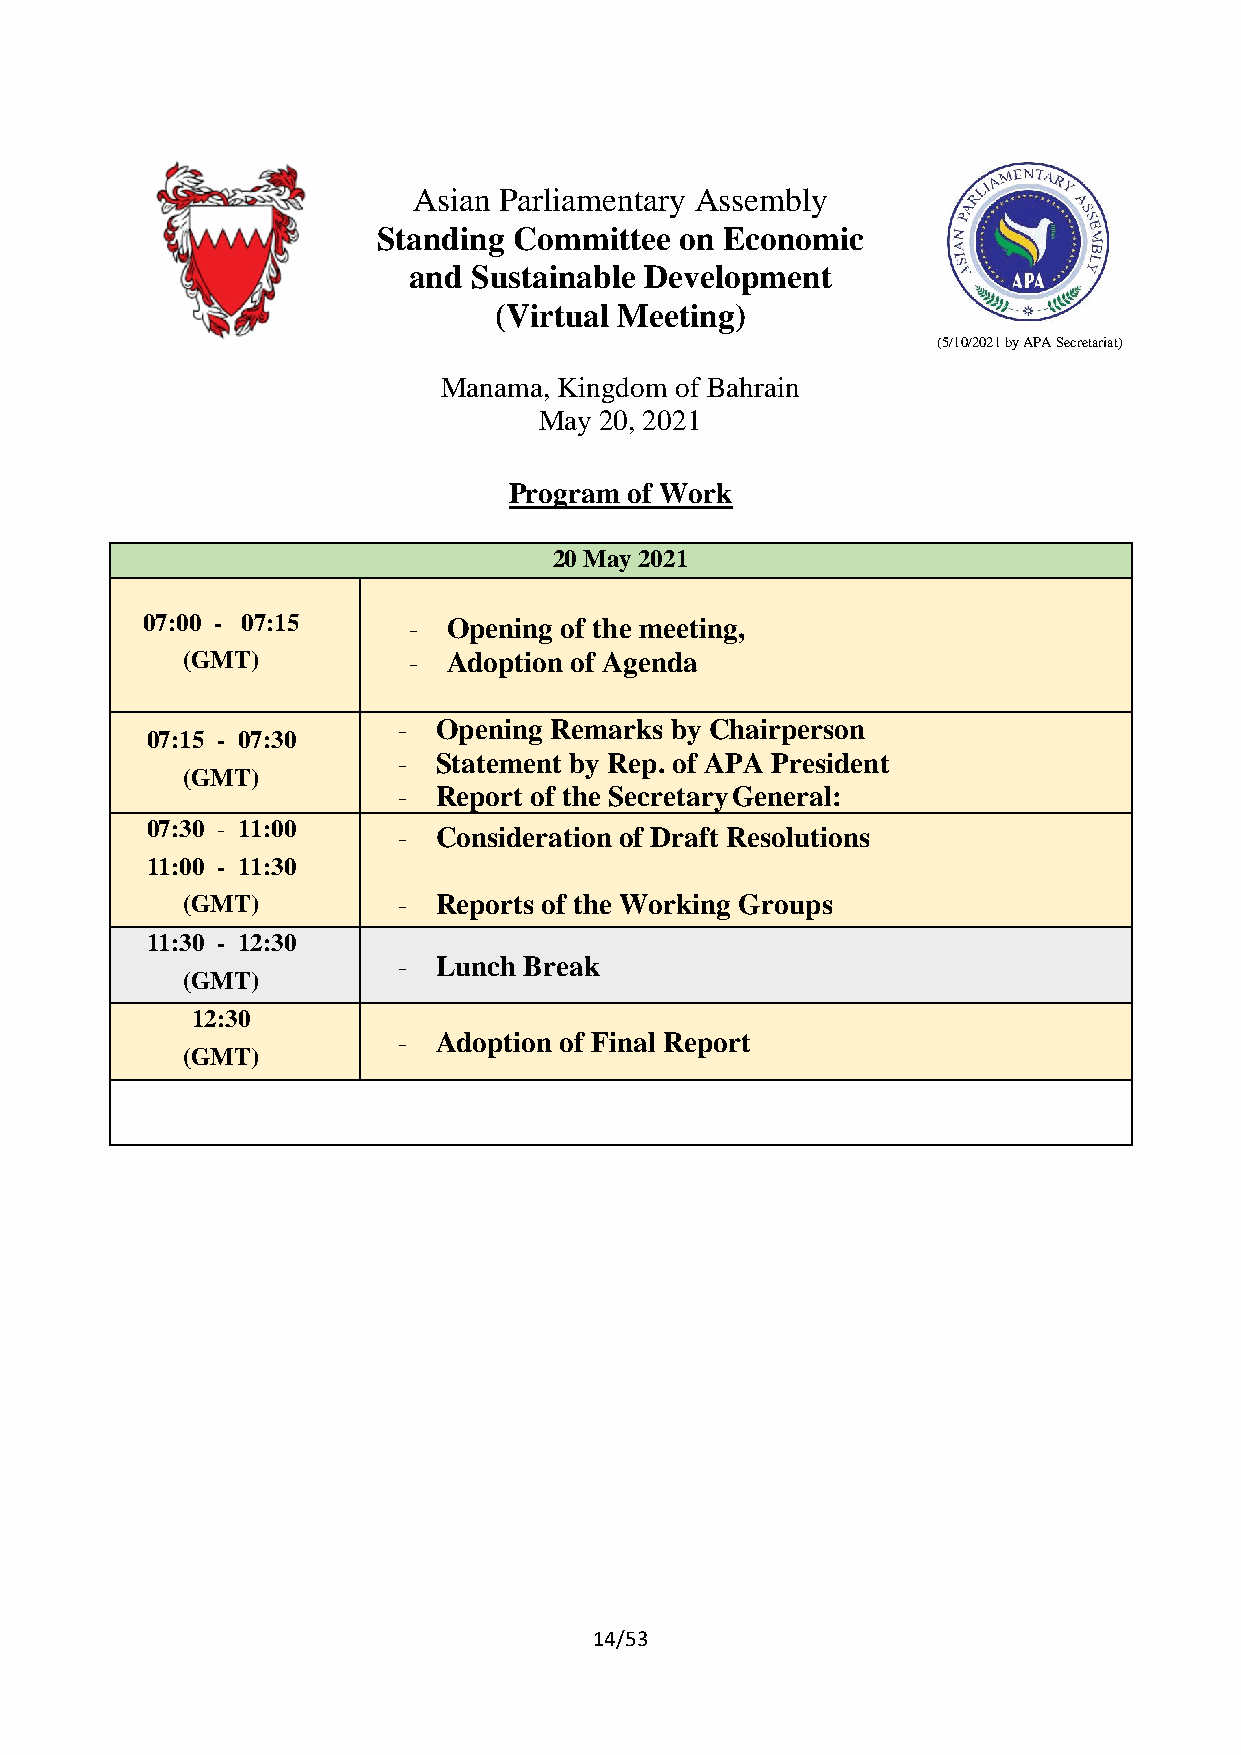
Asian Parliamentary Assembly
 Standing Committee  on Economic
 and Sustainable Development
 (Virtual Meeting)
 (5/10/2021 by APA Secretariat)
 Manama, Kingdom of Bahrain
 May 20, 2021
 Program of Work
 20 May 2021
 07:00 - 07:15     -  Opening of the meeting,
 (GMT)          -  Adoption of Agenda
 -  Opening Remarks by Chairperson
 07:15 - 07:30
 -  Statement by Rep. of APA President
 (GMT)
 -  Report of the Secretary General:
 07:30 - 11:00
 -  Consideration of Draft Resolutions
 11:00 - 11:30
 (GMT)         -  Reports of the Working Groups
 11:30 - 12:30
 -  Lunch Break
 (GMT)
 12:30
 -  Adoption of Final Report
 (GMT)
 14/53